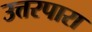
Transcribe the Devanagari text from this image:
उत्तरपारा